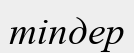
тіпдер